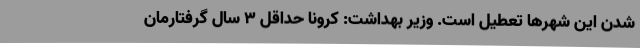
شدن این شهرها تعطیل است. وزیر بهداشت: کرونا حداقل ۳ سال گرفتارمان